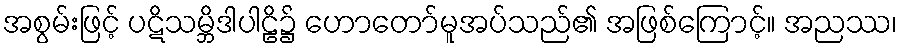
အစွမ်းဖြင့် ပဋိသမ္ဘိဒါပါဠိ၌ ဟောတော်မူအပ်သည်၏ အဖြစ်ကြောင့်။ အညဿ၊